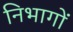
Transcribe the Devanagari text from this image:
निभागों